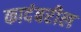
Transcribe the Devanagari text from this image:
कादंबरील